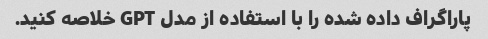
پاراگراف داده شده را با استفاده از مدل GPT خلاصه کنید.